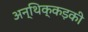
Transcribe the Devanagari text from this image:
अन्थिक्कड़की